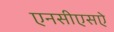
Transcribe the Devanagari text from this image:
एनसीएसऐ